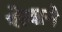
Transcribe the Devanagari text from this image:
रोवाने